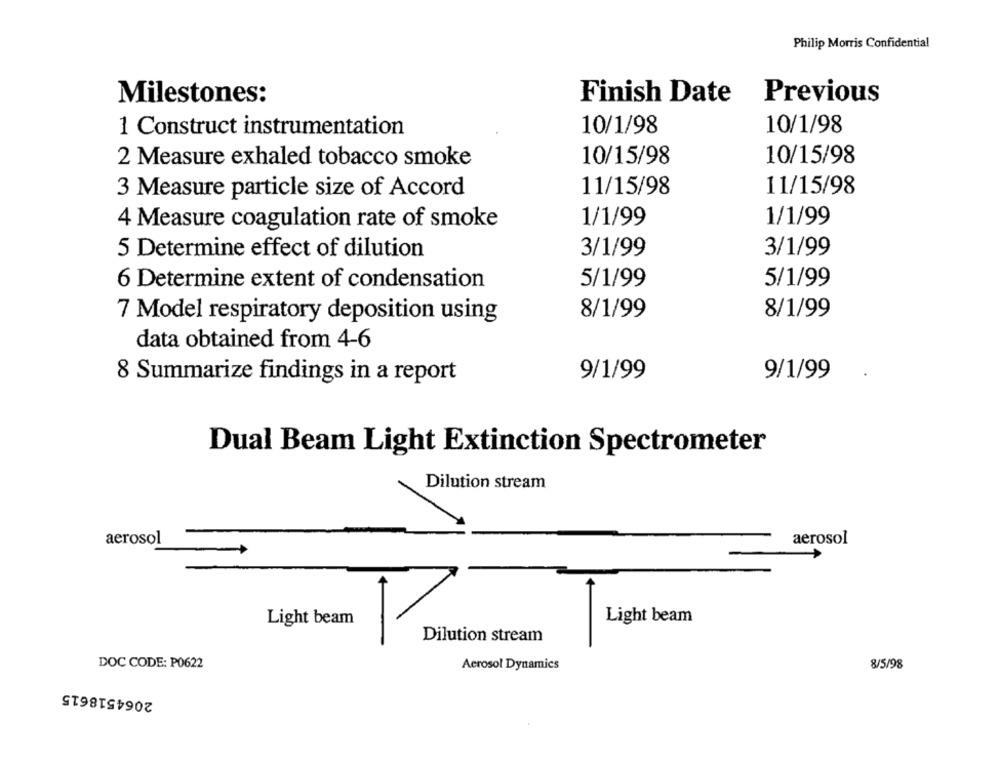
Philip Morris Confidential
Milestones:
Finish Date
Previous
10/1/98
10/1/98
1 Construct instrumentation
10/15/98
10/15/98
2 Measure exhaled tobacco smoke
11/15/98
11/15/98
3 Measure particle size of Accord
1/1/99
4 Measure coagulation rate of smoke
1/1/99
3/1/99
5 Determine effect of dilution
3/1/99
5/1/99
6 Determine extent of condensation
5/1/99
8/1/99
7 Model respiratory deposition using
8/1/99
data obtained from 4-6
8 Summarize findings in a report
9/1/99
9/1/99
Dual Beam Light Extinction Spectrometer
Dilution stream
aerosol
aerosol
Light beam
Light beam
Dilution stream
DOC CODE: P0622
Aerosol Dynamics
8/5/98
2064518615